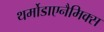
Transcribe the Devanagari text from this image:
थर्मोडाएनैमिक्स